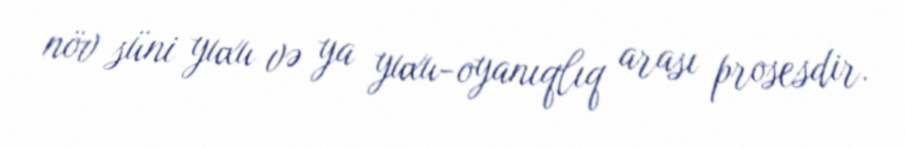
növ süni yuxu və ya yuxu-oyanıqlıq arası prosesdir.